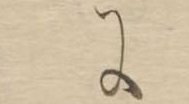
に